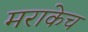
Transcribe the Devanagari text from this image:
मराकेच